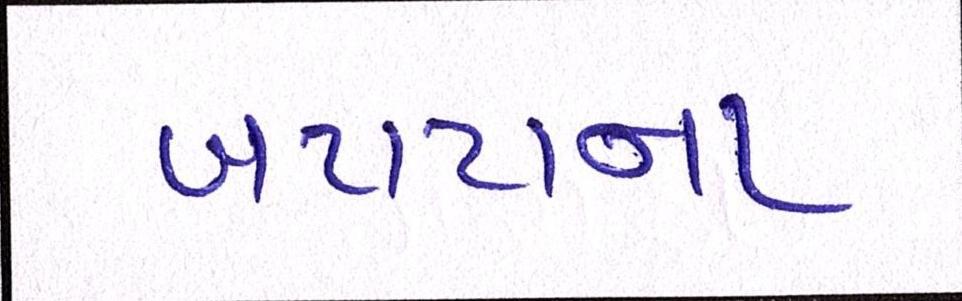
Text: બટાટાના